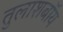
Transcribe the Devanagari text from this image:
तुलाशबॉय